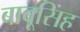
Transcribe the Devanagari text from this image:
बाबूसिंह